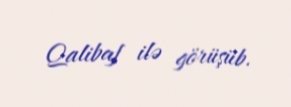
Qalibaf ilə görüşüb.